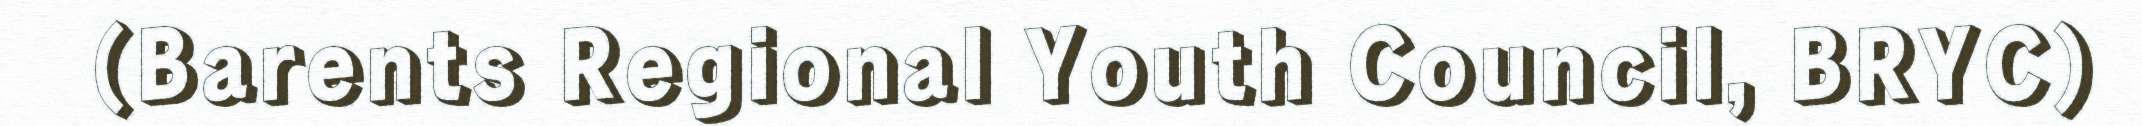
(Barents Regional Youth Council, BRYC)